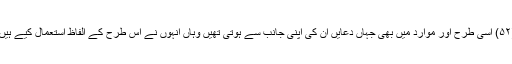
(۵۲) اسی طرح اور موارد میں بھی جہاں دعایں ان کی اپنی جانب سے ہوتی تھیں وہاں انہوں نے اس طرح کے الفاظ استعمال کیے ہیں۔